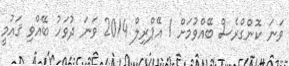
ވަނަ ކޮންގްރެސް ބޭއްވުމަށް 1 އޭޕްރިލް 2014 ވަނަ ދުވަހު ބޭއްވި ޤައުމީ